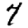
Digit: 7